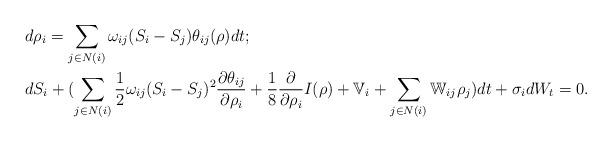
LaTeX: \begin{align*}& d\rho_i=\sum_{j\in N(i)}\omega_{ij}(S_i-S_j)\theta_{ij}(\rho) dt;\\& d S_i+(\sum_{j\in N(i)}\frac 12 \omega_{ij}(S_i-S_j)^2 \frac {\partial \theta_{ij}}{\partial \rho_i}+\frac 18 \frac {\partial}{\partial \rho_i} I(\rho)+\mathbb V_i+\sum_{j\in N(i)}\mathbb W_{ij}\rho_j)dt+\sigma_idW_t=0.\end{align*}